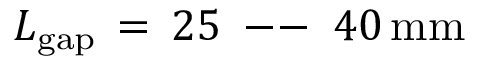
L _ { \mathrm { { g a p } } } \, = \, 2 5 \, \mathrm { ~ -- ~ } \, 4 0 \, \mathrm { { m m } }